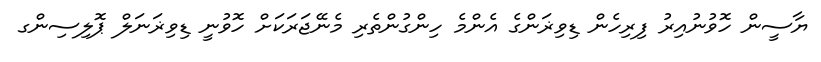
ޔާސީން ހޮވުނުއިރު ފިރިހެން ޑިވިޜަންގެ އެންމެ ހިންގުންތެރި މެނޭޖަރަކަށް ހޮވުނީ ޑިވިޜަނަލް ޕޮލިސިންގ